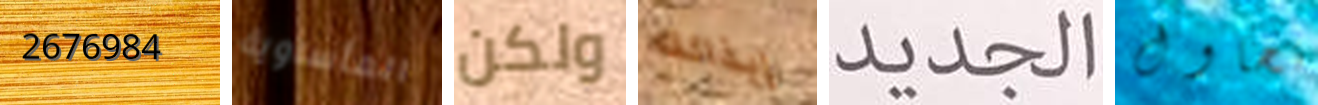
2676984 المأساوية ولكن إيذائك الجديد نحاول